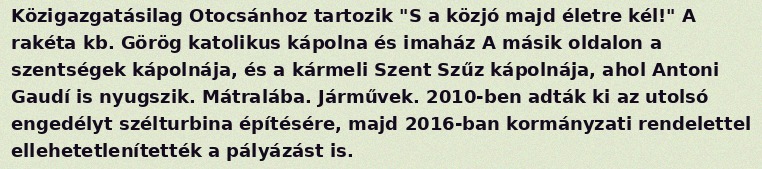
Közigazgatásilag Otocsánhoz tartozik "S a közjó majd életre kél!" A rakéta kb. Görög katolikus kápolna és imaház A másik oldalon a szentségek kápolnája, és a kármeli Szent Szűz kápolnája, ahol Antoni Gaudí is nyugszik. Mátralába. Járművek. 2010-ben adták ki az utolsó engedélyt szélturbina építésére, majd 2016-ban kormányzati rendelettel ellehetetlenítették a pályázást is.